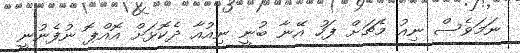
ނަމަވެސް ނިއު މެޗަށް ފަހު އޭނާ ބުނީ ނިއުއާ ދެކޮޅަށް އޮއްޕޮ ނުފެނުނީ